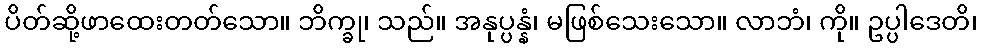
ပိတ်ဆို့ဖာထေးတတ်သော။ ဘိက္ခု၊ သည်။ အနုပ္ပန္နံ၊ မဖြစ်သေးသော။ လာဘံ၊ ကို။ ဥပ္ပါဒေတိ၊